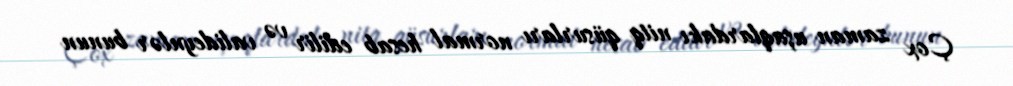
Çox zaman uşaqlardakı nitq qüsurları normal hesab edilir və valideynlər bunun